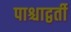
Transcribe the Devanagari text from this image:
पाश्चाद्वर्ती